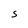
Character: S